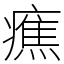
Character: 癄